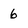
Character: 6